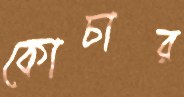
কোচার